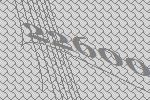
22600